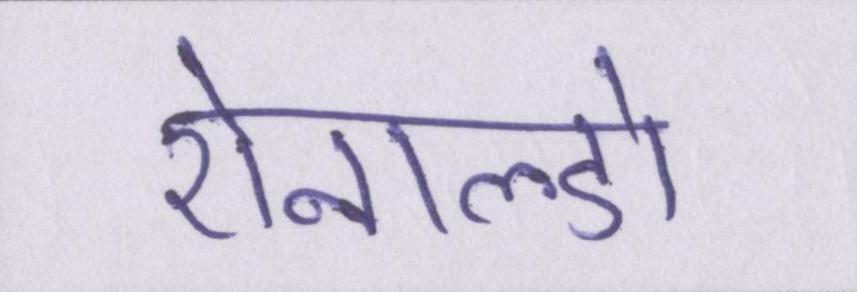
रोनाल्डो